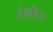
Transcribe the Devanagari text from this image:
देशतिण्टे